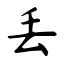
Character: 丢